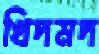
খিদমদ